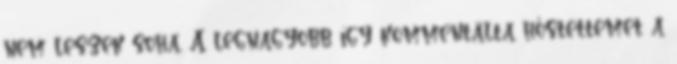
nem leszek soha. A legnagyobb így kommentálta hőstettemet a